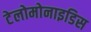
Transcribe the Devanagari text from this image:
टेलोमोनाइडिस